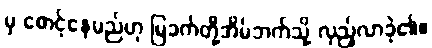
မှ စောင့်နေမည်ဟု မြခက်တို့အိမ်ဘက်သို့ လှည့်လာခဲ့၏။